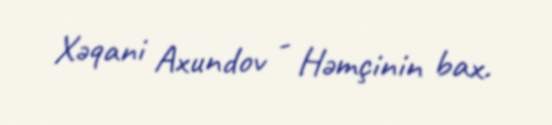
Xəqani Axundov - Həmçinin bax.